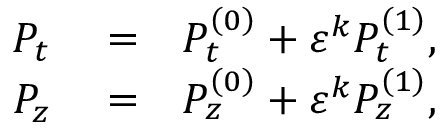
\begin{array} { r l r } { P _ { t } } & { { } = } & { P _ { t } ^ { \left( 0 \right) } + \varepsilon ^ { k } P _ { t } ^ { \left( 1 \right) } , } \\ { P _ { z } } & { { } = } & { P _ { z } ^ { \left( 0 \right) } + \varepsilon ^ { k } P _ { z } ^ { \left( 1 \right) } , } \end{array}